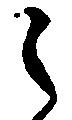
之